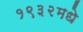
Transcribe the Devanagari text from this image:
१९३२मधे